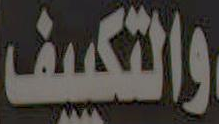
والتكييف